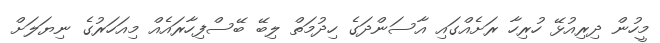
މީހުން ދިރިއުޅޭ ހުރިހާ ރަށެއްގައި އާސަންދަގެ ހިދުމަތް ލިބޭ ބޭސްފިހާރައެއް މިއަހަރުގެ ނިޔަލަށް